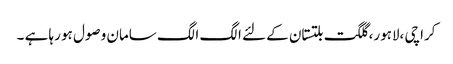
کراچی ،لاہور، گلگت بلتستان کے لئے الگ الگ سامان وصول ہو رہا ہے ۔